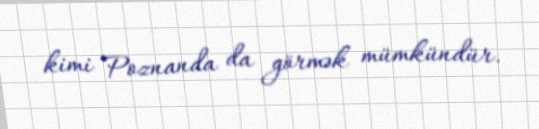
kimi Poznanda da görmək mümkündür.